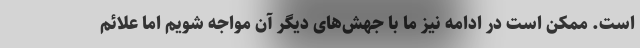
است. ممکن است در ادامه نیز ما با جهش‌های دیگر آن مواجه شویم اما علائم